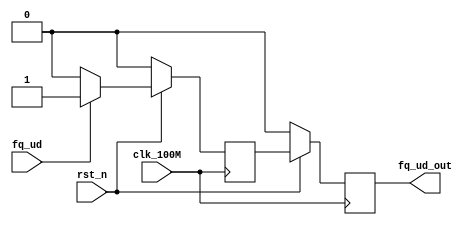
// fq_ud_n.v
module fq_ud_n(clk_100M,
                fq_ud_out,
                rst_n,
                fq_ud
                );

 input rst_n;
 input clk_100M;
 input fq_ud;

 output fq_ud_out;

 reg fq_ud_out;
 reg fq_ud_reg;


always @(negedge clk_100M)
    begin
        if(rst_n==0)
            fq_ud_reg<=0;
        else if(fq_ud==1)
            fq_ud_reg<=1;
        else
            fq_ud_reg<=0;
    end

always @(negedge clk_100M)
     begin
        if(rst_n==0)
            fq_ud_out<=0;
       else
            fq_ud_out<=fq_ud_reg;
    end

endmodule